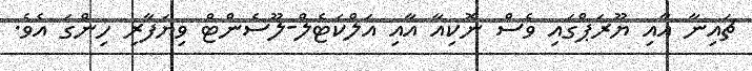
ޗައިނާ އާއި ޔޫރަޕްގައި ވެސް ނޮކިއާ އާއި އަލްކަޓެލް-ލޫސެންޓް ވިޔަފާރި ހިންގަ އެވެ.